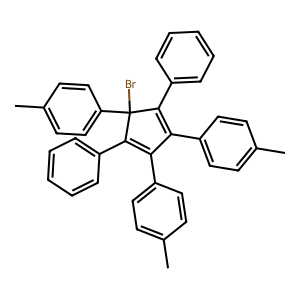
SMILES: Cc1ccc(C2=C(c3ccccc3)C(Br)(c3ccc(C)cc3)C(c3ccccc3)=C2c2ccc(C)cc2)cc1
Inhibits HIV replication: No